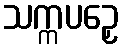
သက္ကပဉှေ